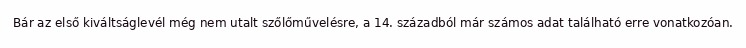
Bár az első kiváltságlevél még nem utalt szőlőművelésre, a 14. századból már számos adat található erre vonatkozóan.